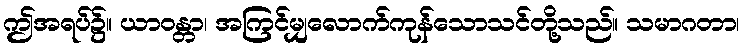
ဤအရပ်၌။ ယာဝန္တာ၊ အကြင်မျှလောက်ကုန်သောသင်တို့သည်။ သမာဂတာ၊